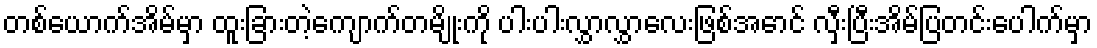
တစ်ယောက်အိမ်မှာ ထူးခြားတဲ့ကျောက်တမျိုးကို ပါးပါးလွှာလွှာလေးဖြစ်အောင် လှီးပြီးအိမ်ပြတင်းပေါက်မှာ